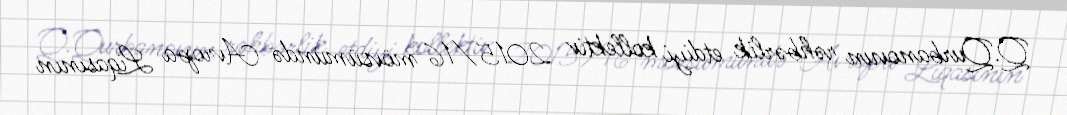
Q.Qurbanovun rəhbərlik etdiyi kollektiv 2015/16 mövsümündə Avropa Liqasının